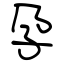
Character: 孕